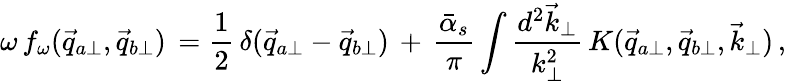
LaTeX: \omega\, f_{\omega}(\vec{q}_{a\perp},\vec{q}_{b\perp})\, ={\frac{1}{2}}\, \delta(\vec{q}_{a\perp}-\vec{q}_{b\perp})\, +\, {\frac{\bar{\alpha}_{s}}{\pi}}\int{\frac{d^{2}\vec{k}_{\perp}}{k_{\perp}^{2}}}\, K(\vec{q}_{a\perp},\vec{q}_{b\perp},\vec{k}_{\perp})\, ,